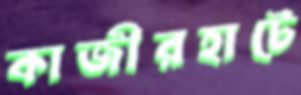
কাজীরহাটে